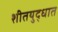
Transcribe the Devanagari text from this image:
शीतयुद्धात